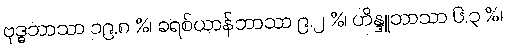
ဗုဒ္ဓဘာသာ ၁၉.၈ %၊ ခရစ်ယာန်ဘာသာ ၉.၂ %၊ ဟိန္ဒူဘာသာ ၆.၃ %၊